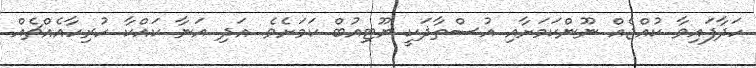
ހަދާފައިވާ ކުއްޖެއް ނޫންކަމަށާއި އުސްތާޛަކީ ޔޫޓިއުބް ކަމަށެވެ. އަދި އަނާ ކައްކާ ހުރިހާއެއްޗެއް